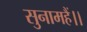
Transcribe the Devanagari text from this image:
सुनामहैं।।